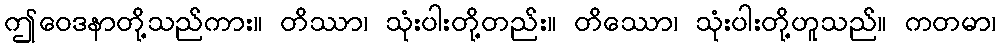
ဤဝေဒနာတို့သည်ကား။ တိဿာ၊ သုံးပါးတို့တည်း။ တိဿော၊ သုံးပါးတို့ဟူသည်။ ကတမာ၊